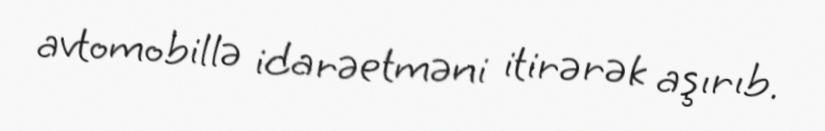
avtomobillə idarəetməni itirərək aşırıb.